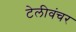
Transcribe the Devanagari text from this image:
टेलीवंचर